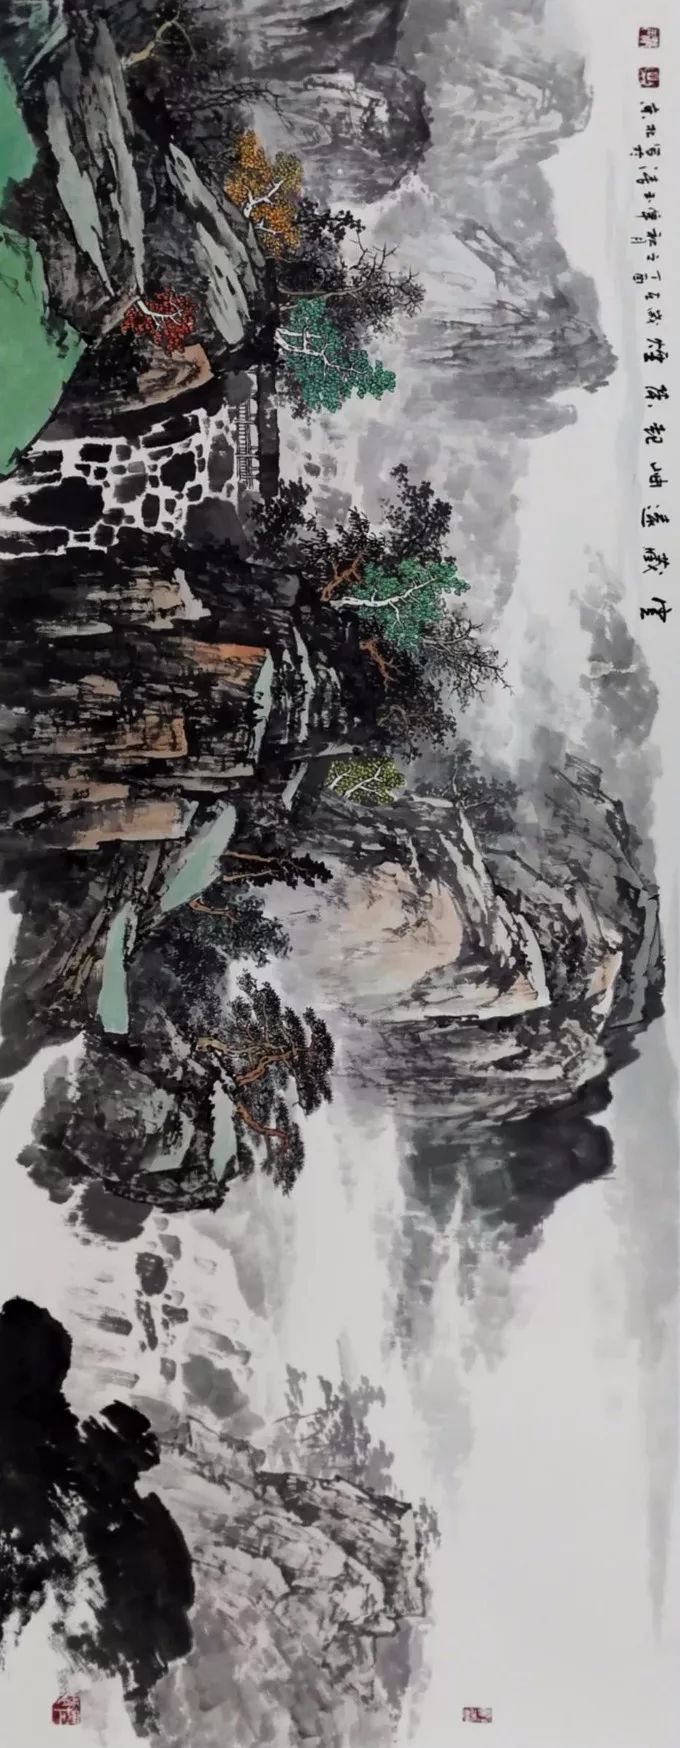
普天皆灭焰，匝地尽藏烟。